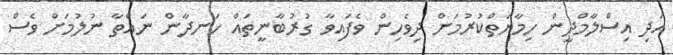
އަދި އިސްލާމްދީން ހިމާޔަތްކުރުމަށް ދިވެހިން ވެފައިވާ ގުރުބާނީތައް ހަނދާން ނައްތާ ނުލުމަށް ވެސް